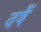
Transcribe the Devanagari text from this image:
वर्षै